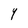
Character: Y